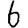
Digit: 6